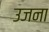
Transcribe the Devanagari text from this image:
उजना